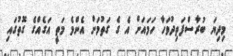
މިދިޔަ ބުރާސްފަތިދުވަހާ ހަމައަށް އެ ގެ ގަތުމަށް އެންމެ މަތީ އަގެއްގެ ގޮތުގައި